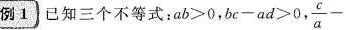
例1 已知三个不等式；$$a b > 0$$,$$b c - a d > 0$$, $$\frac { c } { a } -